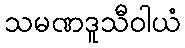
သမဏဒူသီဝါယံ